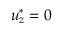
u _ { z } ^ { * } = 0